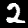
Digit: 2